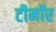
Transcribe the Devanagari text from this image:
टीमॉर